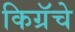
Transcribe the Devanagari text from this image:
किग्रॅचे